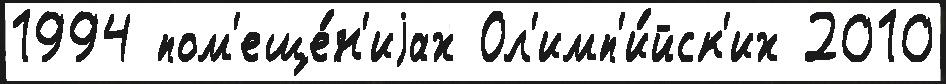
1994 пом'еще́н'иjах Ол'имп'и́йск'их 2010